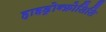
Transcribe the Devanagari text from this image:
हाइड्रोन्फ्रोसिसि